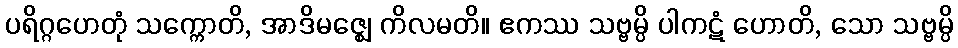
ပရိဂ္ဂဟေတုံ သက္ကောတိ, အာဒိမဇ္ဈေ ကိလမတိ။ ဧကဿ သဗ္ဗမ္ပိ ပါကဋံ ဟောတိ, သော သဗ္ဗမ္ပိ